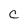
Character: C